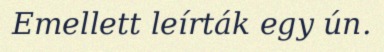
Emellett leírták egy ún.